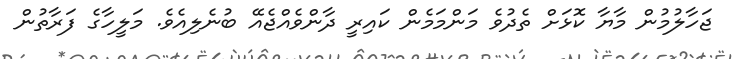
ޖަހާލުމުން މާޔާ ކޮޅަށް ތެދުވެ މަންމަމެން ކައިރީ ދާންވެއްޖެއޭ ބުނެލިއެވެ. މަލީހާގެ ފަރާތުން